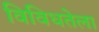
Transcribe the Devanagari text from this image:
विविधतेला